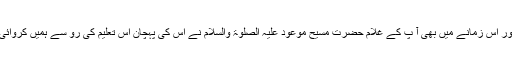
اور اس زمانے میں بھی آ پؐ کے غلام حضرت مسیح موعود علیہ الصلوٰۃ والسلام نے اس کی پہچان اس تعلیم کی رو سے ہمیں کروائی۔